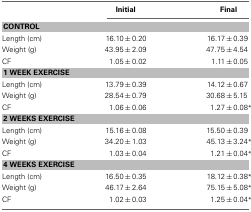
<table><thead><tr><td></td><td><b>Initial</b></td><td><b>Final</b></td></tr></thead><tbody><tr><td colspan="3"><b>CONTROL</b></td></tr><tr><td>Length (cm)</td><td>16.10, 0.20</td><td>16.17, 0.39</td></tr><tr><td>Weight (g)</td><td>43.95, 2.09</td><td>47.75, 4.54</td></tr><tr><td>CF</td><td>1.05, 0.02</td><td>1.11, 0.05</td></tr><tr><td colspan="3"><b>1 WEEK EXERCISE</b></td></tr><tr><td>Length (cm)</td><td>13.79, 0.39</td><td>14.12, 0.67</td></tr><tr><td>Weight (g)</td><td>28.54, 0.79</td><td>30.68, 5.15</td></tr><tr><td>CF</td><td>1.06, 0.06</td><td>1.27, 0.08*</td></tr><tr><td colspan="3"><b>2 WEEKS EXERCISE</b></td></tr><tr><td>Length (cm)</td><td>15.16, 0.08</td><td>15.50, 0.39</td></tr><tr><td>Weight (g)</td><td>34.20, 1.03</td><td>45.13, 3.24*</td></tr><tr><td>CF</td><td>1.03, 0.04</td><td>1.21, 0.04*</td></tr><tr><td colspan="3"><b>4 WEEKS EXERCISE</b></td></tr><tr><td>Length (cm)</td><td>16.50, 0.35</td><td>18.12, 0.38*</td></tr><tr><td>Weight (g)</td><td>46.17, 2.64</td><td>75.15, 5.08*</td></tr><tr><td>CF</td><td>1.02, 0.03</td><td>1.25, 0.04*</td></tr></tbody></table>